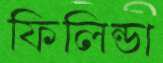
ফিলিন্ডা